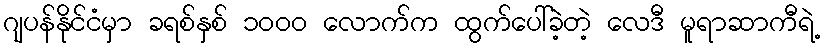
ဂျပန်နိုင်ငံမှာ ခရစ်နှစ် ၁၀၀၀ လောက်က ထွက်ပေါ်ခဲ့တဲ့ လေဒီ မူရာဆာကီရဲ့